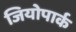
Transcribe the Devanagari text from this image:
जियोपार्क